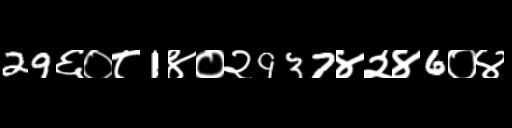
Text: 29६०८1४०२937४२४6०४